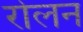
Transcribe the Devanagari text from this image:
रोलन